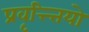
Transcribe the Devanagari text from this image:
प्रवृत्त्त्तियो